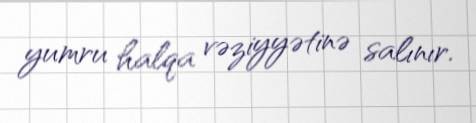
yumru halqa vəziyyətinə salınır.